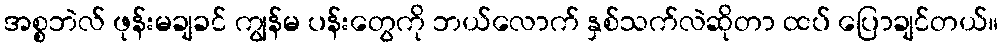
အစ္စဘဲလ် ဖုန်းမချခင် ကျွန်မ ပန်းတွေကို ဘယ်လောက် နှစ်သက်လဲဆိုတာ ထပ် ပြောချင်တယ်။